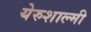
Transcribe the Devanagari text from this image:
येरुशाल्मी